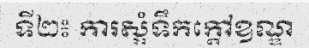
ទី២៖ ការស្អំទឹកក្តៅឧណ្ឌ